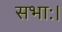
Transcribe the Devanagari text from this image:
सभाः।